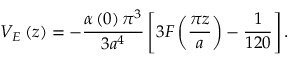
V _ { E } \left( z \right) = - \frac { \alpha \left( 0 \right) \pi ^ { 3 } } { 3 a ^ { 4 } } \left[ 3 F \left( \frac { \pi z } { a } \right) - \frac { 1 } { 1 2 0 } \right] .